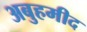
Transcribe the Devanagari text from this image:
अबुहमीद